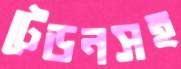
টেডনসহ